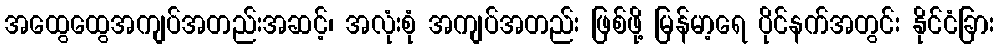
အထွေထွေအကျပ်အတည်းအဆင့်၊ အလုံးစုံ အကျပ်အတည်း ဖြစ်ဖို့ မြန်မာ့ရေ ပိုင်နက်အတွင်း နိုင်ငံခြား